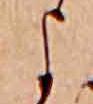
よ